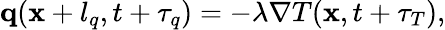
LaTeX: \begin{array}{r}{\mathbf q(\mathbf x+l_{q},t+\tau_{q})=-\lambda\nabla T(\mathbf x,t+\tau_{T}),}\end{array}